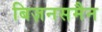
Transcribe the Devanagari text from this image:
बिज़नसमैन